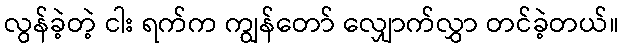
လွန်ခဲ့တဲ့ ငါး ရက်က ကျွန်တော် လျှောက်လွှာ တင်ခဲ့တယ်။